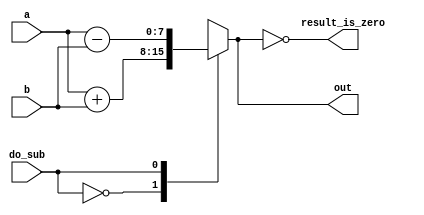
// synthesis verilog_input_version verilog_2001
module top_module ( 
    input do_sub,
    input [7:0] a,
    input [7:0] b,
    output reg [7:0] out,
    output reg result_is_zero
);//

    always @(*) begin
        case (do_sub)
          0: out = a+b;
          1: out = a-b;
        endcase

        result_is_zero = (out == 0);
    end

endmodule